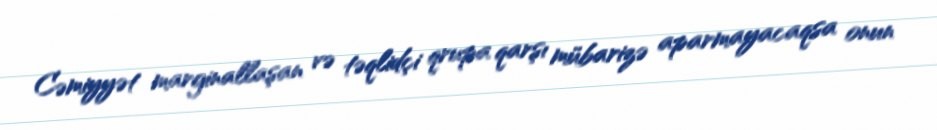
Cəmiyyət marginallaşan və təqlidçi qrupa qarşı mübarizə aparmayacaqsa onun